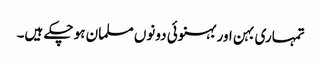
تمہاری بہن اور بہنوئی دونوں مسلمان ہو چکے ہیں۔